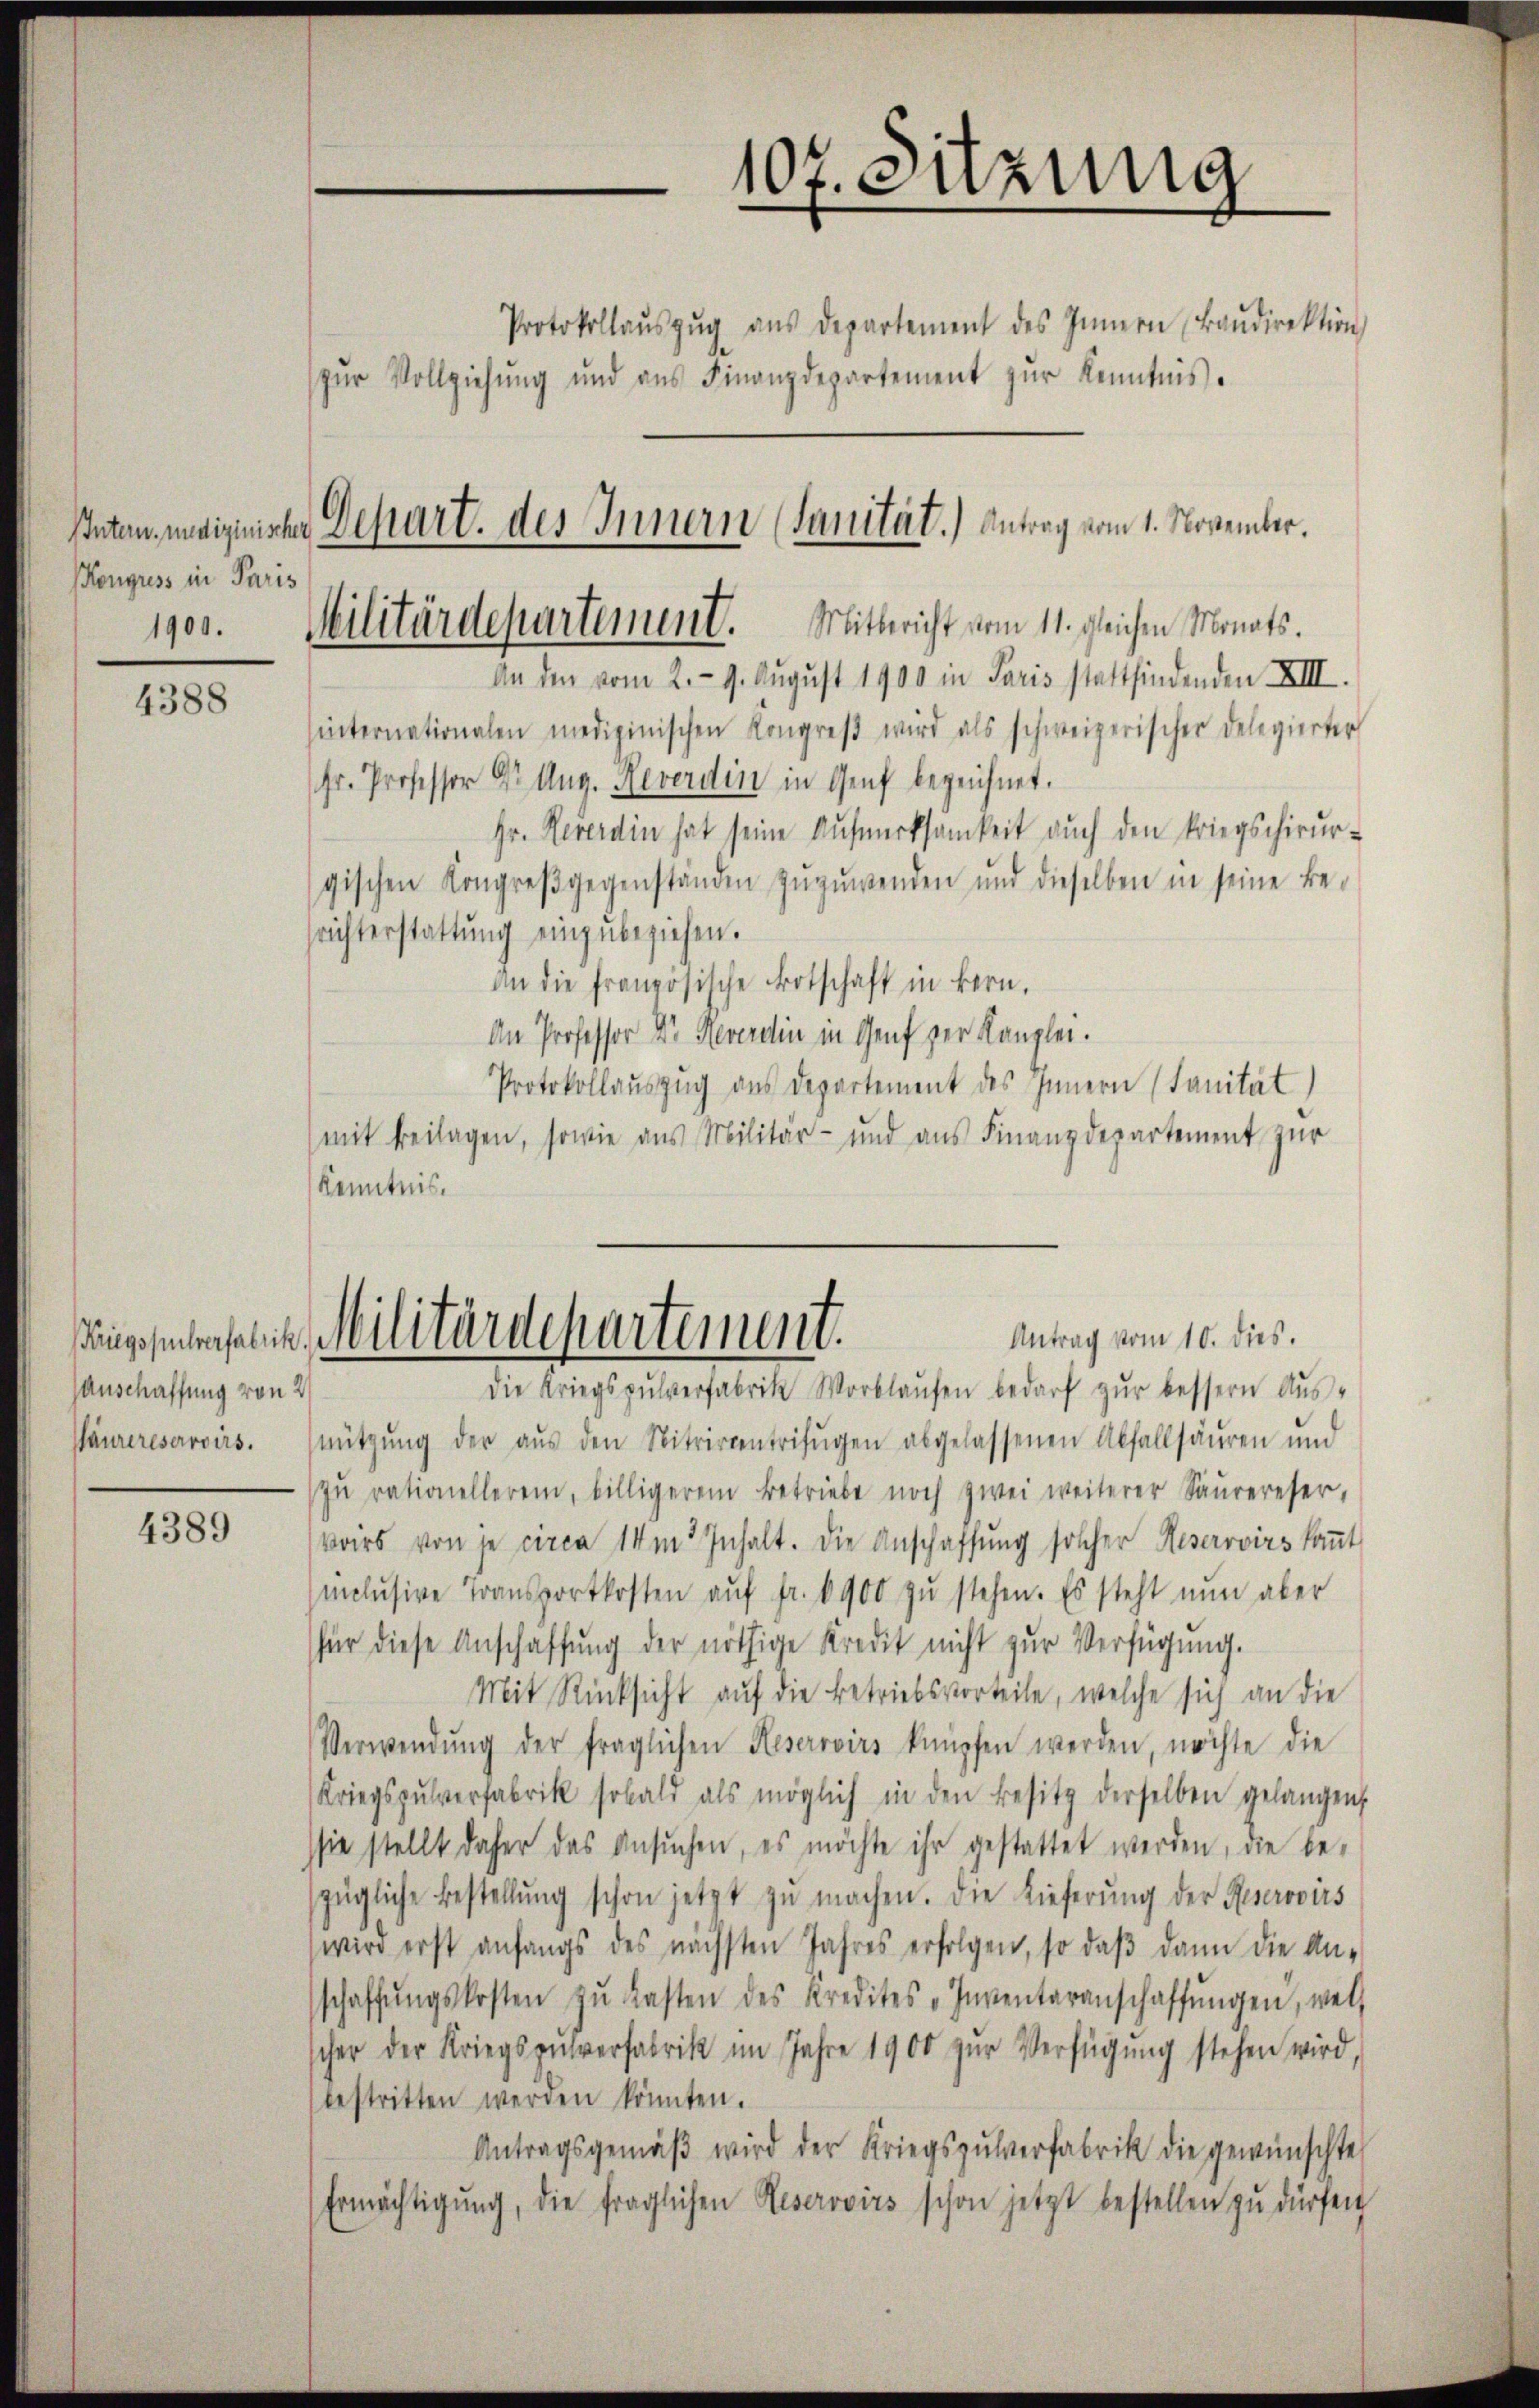
Kongress in Paris
1900.

4388

Kriegspulverfabrik
Anschaffung von 2

4389

Protokollaŭszŭg aŭs departement des Innern Baŭdirektion
zur Vollziehung und aus Finanzdepartement zur Kenntnis.
An den vom 2. - 9. August 1900 in Paris stattfindenden XIII.
hinternationalen medizinischen Kongreβ wird als schweizerischer Delegierter
Hr. Professor Dr. Aug. Reverdin in Genf bezeichnet.
Gr. Reverdin hat seine Aufmerksamkeit auch den kriegschirur-
gischen Kongreβgegenständen zŭzŭwenden und dieselben in seine be-
srichterstattung einzubeziehen.
an die französische Botschaft in kern.
An Professor Dr. Reverdin in Genf zur Kanzlei.
Protokollauszug aus Departement des Innern (Sanität)
(mit Beilagen, sowie aus Militär- und aŭs Finanzdepartement zŭr
Kenntnis.
Militärdepartement.
Antrag vom 10. dies.
Die Kriegspŭlverfabrik Worblaŭfen bedarf zŭr bessern Aŭs-
Maurereservoirs. nützŭng der aŭs den Nitwirkentrifŭgen abgelassenen Abfallsäŭren und
zŭ rationelleren, billigerem Betriebe noch zwei weiterer Saurereser,
voirs von je circa 14m Inhalt. Die Anschaffŭng solcher Reservirs kant
inclusive Transportkosten aŭf fr. 6900 zŭ stehen. Es steht nun aber
für diese Anschaffung der nöthige Kredit nicht zur Verfügung.
Mit Rücksicht auf die Betriebsvorteile, welche sich an die
Verwendŭng der fraglichen Keservoirs knüpfen werden, möchte die
Kriegspŭtverfabrik sobald als möglich in den Besitz derselben gelangen,
sie stellt daher das Ansŭchen, es möchte ihr gestattet werden, die be-
zügliche Bestellŭng schon jetzt zŭ machen. Die Lieferŭng der Reserovis
wird erst anfangs des nächsten Jahres erfolgen, so daβ dann die An-
schaffŭngskosten zŭ lasten des Kredites „Inventarenschaffŭngen, wel
cher der Kriegspŭtverfabrik im Jahre 1900 zŭr Verfügŭng stehen wird,
bestritten werden könnten.
Antragsgemäβ wird der Kriegszŭlverfabrik die gewünschte
Ermächtigŭng, die fraglichen Reserovirs schon jetzt bestellen zu dürfen

107. Sitzung

Inten, medizinische Depart. des Innern (Sanität.) Antrag vom 1. November.
Militärdepartement. Mitbericht vom 11. gleichen Monats.